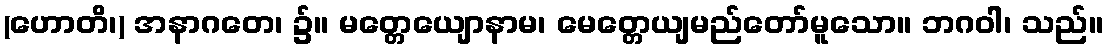
(ဟောတိ၊) အနာဂတေ၊ ၌။ မတ္တေယျောနာမ၊ မေတ္တေယျမည်တော်မူသော။ ဘဂဝါ၊ သည်။